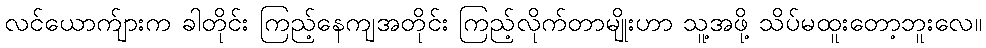
လင်ယောက်ျားက ခါတိုင်း ကြည့်နေကျအတိုင်း ကြည့်လိုက်တာမျိုးဟာ သူ့အဖို့ သိပ်မထူးတော့ဘူးလေ။